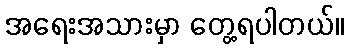
အရေးအသားမှာ တွေ့ရပါတယ်။